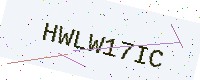
Text: HWLW17IC